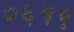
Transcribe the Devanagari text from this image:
०६१९